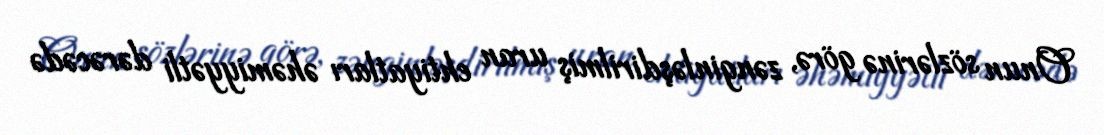
Onun sözlərinə görə, zənginləşdirilmiş uran ehtiyatları əhəmiyyətli dərəcədə